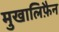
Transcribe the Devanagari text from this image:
मुखालिफ़ैन